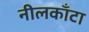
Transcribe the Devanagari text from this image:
नीलकाँटा